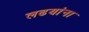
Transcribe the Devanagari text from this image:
लढयांना